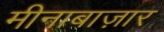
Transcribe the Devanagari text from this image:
मीनाबाज़ार